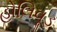
હોલિવૂડ